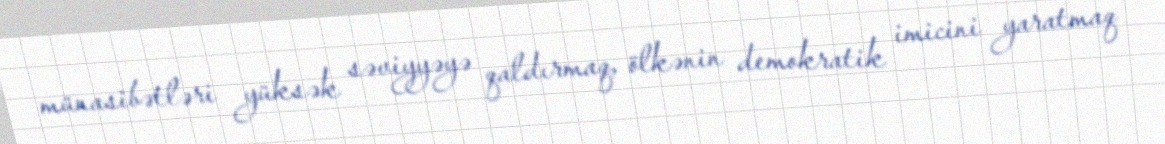
münasibətləri yüksək səviyyəyə qaldırmaq, ölkənin demokratik imicini yaratmaq